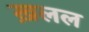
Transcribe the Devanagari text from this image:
ख़लल